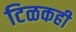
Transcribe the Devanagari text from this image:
टिळकही